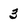
Character: 3